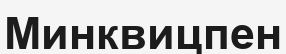
Минквицпен